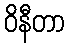
ဝိနီတာ